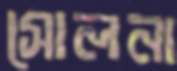
সোলনা